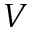
V